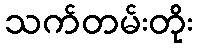
သက်တမ်းတိုး